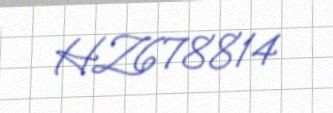
HZ678814